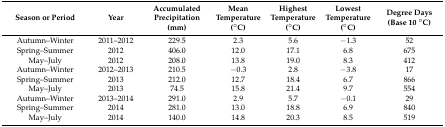
<table><thead><tr><td><b>Season or Period</b></td><td><b>Year</b></td><td><b>Accumulated Precipitation (mm)</b></td><td><b>Mean Temperature (°C)</b></td><td><b>Highest Temperature (°C)</b></td><td><b>Lowest Temperature (°C)</b></td><td><b>Degree Days (Base 10 °C)</b></td></tr></thead><tbody><tr><td>Autumn–Winter</td><td>2011–2012</td><td>229.5</td><td>2.3</td><td>5.6</td><td>−1.3</td><td>52</td></tr><tr><td>Spring–Summer</td><td>2012</td><td>406.0</td><td>12.0</td><td>17.1</td><td>6.8</td><td>675</td></tr><tr><td>May–July</td><td>2012</td><td>208.0</td><td>13.8</td><td>19.0</td><td>8.3</td><td>412</td></tr><tr><td>Autumn–Winter</td><td>2012–2013</td><td>210.5</td><td>−0.3</td><td>2.8</td><td>−3.8</td><td>17</td></tr><tr><td>Spring–Summer</td><td>2013</td><td>212.0</td><td>12.7</td><td>18.4</td><td>6.7</td><td>866</td></tr><tr><td>May–July</td><td>2013</td><td>74.5</td><td>15.8</td><td>21.4</td><td>9.7</td><td>554</td></tr><tr><td>Autumn–Winter</td><td>2013–2014</td><td>291.0</td><td>2.9</td><td>5.7</td><td>−0.1</td><td>29</td></tr><tr><td>Spring–Summer</td><td>2014</td><td>281.0</td><td>13.0</td><td>18.8</td><td>6.9</td><td>840</td></tr><tr><td>May–July</td><td>2014</td><td>140.0</td><td>14.8</td><td>20.3</td><td>8.5</td><td>519</td></tr></tbody></table>